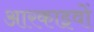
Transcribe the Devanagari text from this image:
आरकाइवों